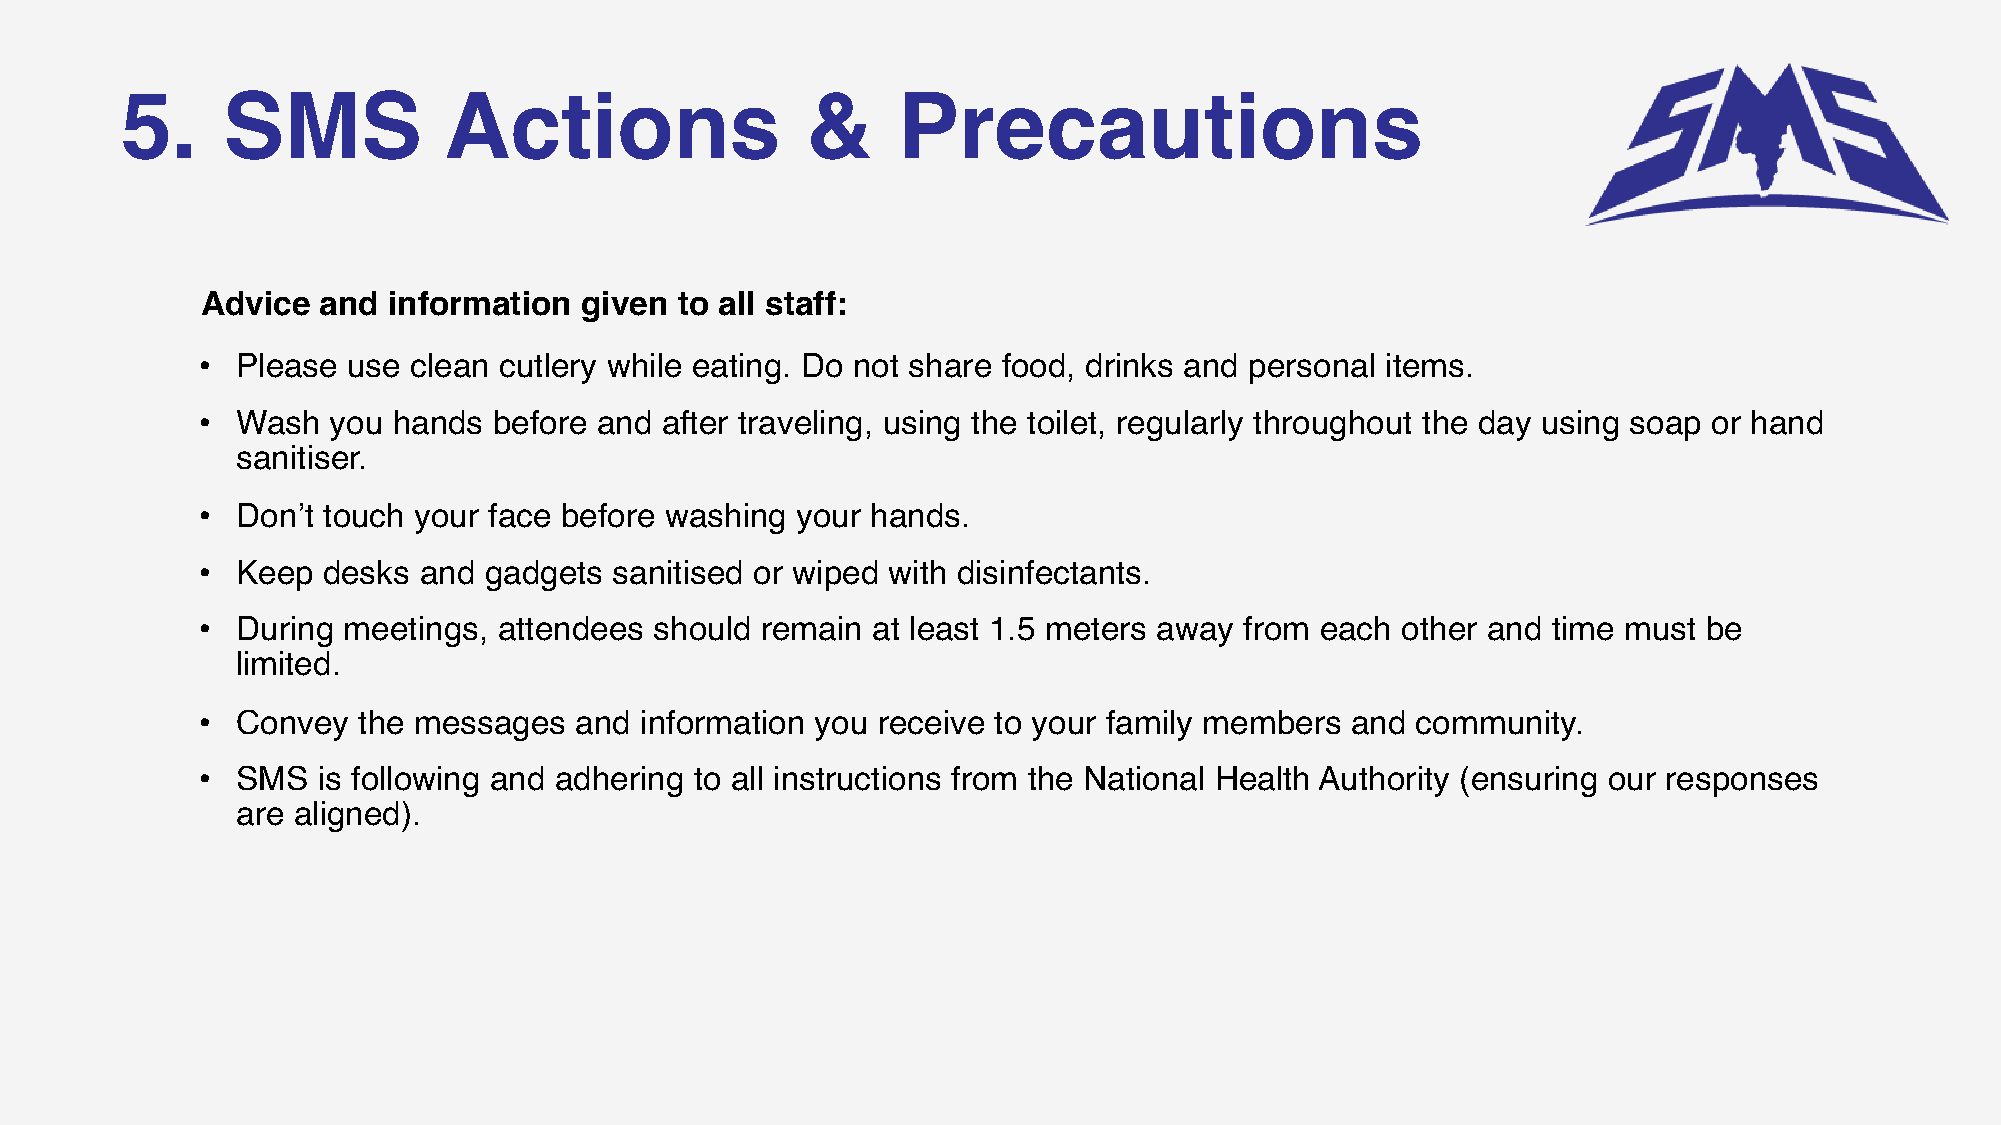
5.     SMS           Actions                 &     Precautions
 Advice  and  information given  to all staff:
 •  Please use clean cutlery while eating. Do not share food, drinks and personal items.
 •  Wash  you hands  before and after traveling, using the toilet, regularly throughout the day using soap or hand
 sanitiser.
 •  Don’t touch your face before washing your hands.
 •  Keep desks  and gadgets  sanitised or wiped with disinfectants.
 •  During meetings, attendees should remain  at least 1.5 meters away from each other and time must be
 limited.
 •  Convey  the messages  and information you receive to your family members and  community.
 •  SMS  is following and adhering to all instructions from the National Health Authority (ensuring our responses
 are aligned).